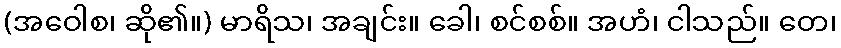
(အဝေါစ၊ ဆို၏။) မာရိသ၊ အချင်း။ ခေါ၊ စင်စစ်။ အဟံ၊ ငါသည်။ တေ၊